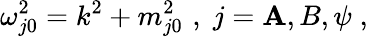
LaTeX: \omega_{j0}^{2}=k^{2}+m_{j0}^{2}\, \, ,\; j=\mathbf{A},B,\psi\; ,